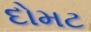
દોમટ